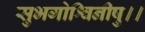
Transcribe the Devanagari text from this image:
सुभगोश्विनीषु।।